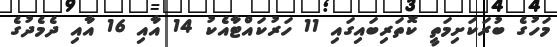
މަހުގެ ބުރަކަށިމަތީ ކޮތަރިބައިގައި 11 ހަރުކައްޓާއެކު 14 އާއި 16 އާއި ދެމެދުގެ